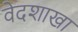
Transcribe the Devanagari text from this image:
वेदशाखा